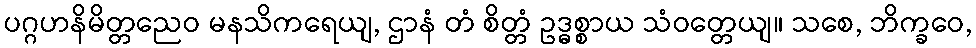
ပဂ္ဂဟနိမိတ္တညေဝ မနသိကရေယျ, ဌာနံ တံ စိတ္တံ ဥဒ္ဓစ္စာယ သံဝတ္တေယျ။ သစေ, ဘိက္ခဝေ,